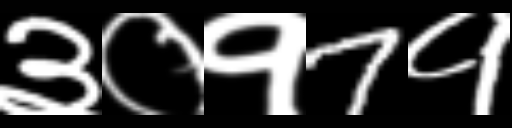
Text: ३०१7१